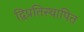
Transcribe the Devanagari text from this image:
द्विप्रतिस्थापित